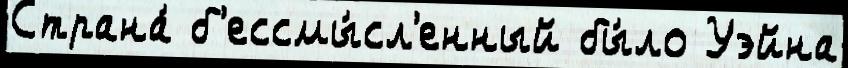
Страна́ б'ессмы́сл'енный бы́ло Уэйна